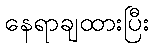
နေရာချထားပြီး